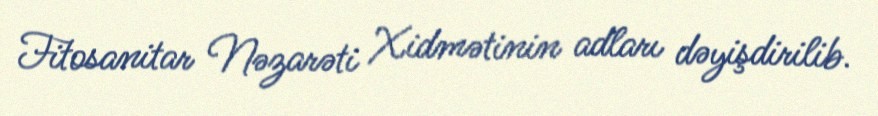
Fitosanitar Nəzarəti Xidmətinin adları dəyişdirilib.